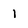
Character: 1